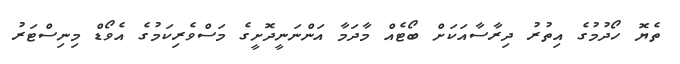
ތެޔޮ ހޯދުމުގެ އިތުރު ދިރާސާއަކަށް ބޯޓެއް މާދަމާ އަންނަނީދޮށީގެ މަސްވެރިކަމުގެ އެވޯޑް މިނިސްޓަރު